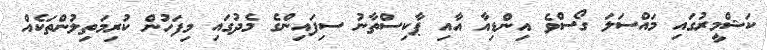
ކަޝްމީރުގައި މައްސަލަ ގޯސްވެ އިންޑިއާ އާއި ޕާކިސްތާނު ސިފައިންގެ މެދުގައި މިފަހުން ކުރިމަތިލުންތަކެއް